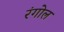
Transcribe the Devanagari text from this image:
रंगोल